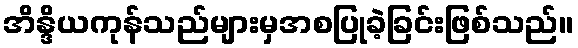
အိန္ဒိယကုန်သည်များမှအစပြုခဲ့ခြင်းဖြစ်သည်။